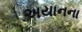
અયાનના